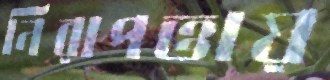
নিরাপত্তায়